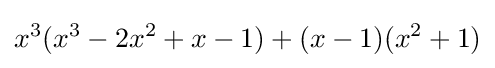
x^{3}(x^{3}-2x^{2}+x-1)+(x-1)(x^{2}+1)